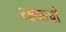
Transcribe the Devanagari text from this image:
रक्षकाची